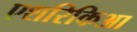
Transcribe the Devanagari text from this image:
एशरिकिआ